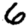
Digit: 6